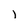
Character: l